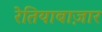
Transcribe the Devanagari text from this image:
रेतियाबाज़ार